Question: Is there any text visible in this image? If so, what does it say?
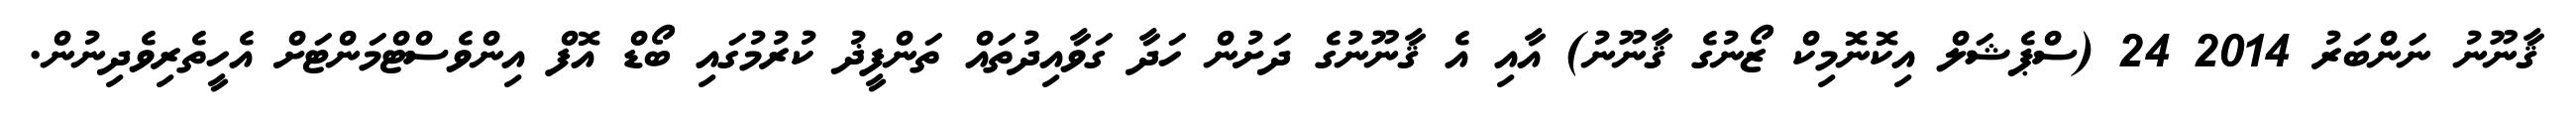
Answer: ޤާނޫނު ނަންބަރު 2014 24 (ސްޕެޝަލް އިކޮނޮމިކް ޒޯނުގެ ޤާނޫނު) އާއި އެ ޤާނޫނުގެ ދަށުން ހަދާ ގަވާއިދުތައް ތަންފީޛު ކުރުމުގައި ބޯޑް އޮފް އިންވެސްޓްމަންޓަށް އެހީތެރިވެދިނުން.